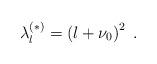
LaTeX: \begin{align*}\lambda_{l}^{(\ast)}= \left( l + \nu_{0} \right)^{2}\; .\end{align*}